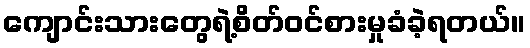
ကျောင်းသားတွေရဲ့စိတ်ဝင်စားမှုခံခဲ့ရတယ်။